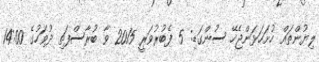
ލިޔުންތައް ހުށަހަޅަންޖެހޭ ސުންގަޑި: 5 ފެބުރުވަރީ 2015 ވާ ބުރާސްފަތި ދުވަހުގެ 14:00